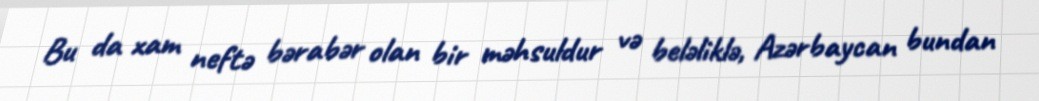
Bu da xam neftə bərabər olan bir məhsuldur və beləliklə, Azərbaycan bundan